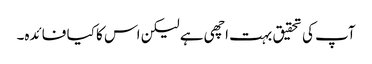
آپ کی تحقیق بہت اچھی ہے لیکن اس کا کیا فائدہ۔